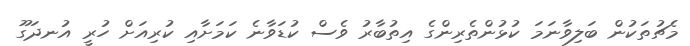
މެޗުތަކުން ބަލިވާނަމަ ކުޅުންތެރިންގެ އިތުބާރު ވެސް ކުޑަވާނެ ކަމަށާއި ކުރިއަށް ހުރީ އުނދަގޫ